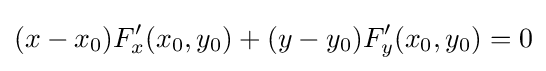
(x-x_{0})F'_{x}(x_{0},y_{0})+(y-y_{0})F'_{y}(x_{0},y_{0})=0